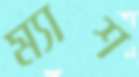
ম্যাশ